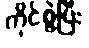
ကိုင်စွဲပြီး